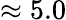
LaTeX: \approx 5.0